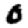
Digit: 0